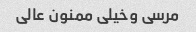
مرسی وخیلی ممنون عالی